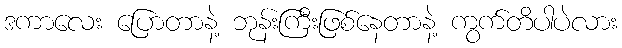
ဒကာလေး ပြောတာနဲ့ ဘုန်းကြီးဖြစ်နေတာနဲ့ ကွက်တိပါပဲလား